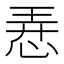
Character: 𢚸